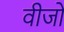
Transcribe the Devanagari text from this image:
वीजो